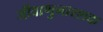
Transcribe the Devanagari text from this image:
जीवाणुनाश्शक